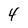
Character: 4